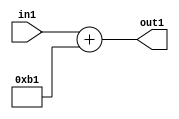
`timescale 1ps / 1ps
/*****************************************************************************
    Verilog RTL Description
    
    
    Created by: Stratus DpOpt 2019.1.01 
*******************************************************************************/

module DC_Filter_Add_12U_292_1 (
	in1,
	out1
	); /* architecture "behavioural" */ 
input [11:0] in1;
output [11:0] out1;
wire [11:0] asc001;

assign asc001 = 
	+(in1)
	+(12'B000010110001);

assign out1 = asc001;
endmodule

/* CADENCE  urj4SwA= : u9/ySgnWtBlWxVPRXgAZ4Og= ** DO NOT EDIT THIS LINE ******/